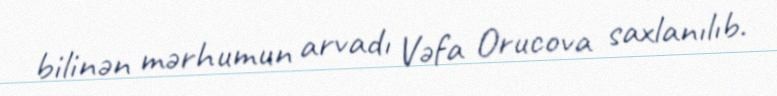
bilinən mərhumun arvadı Vəfa Orucova saxlanılıb.